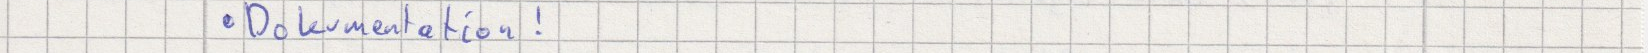
Dokumentation!